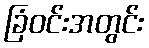
ခြံဝင်းအတွင်း